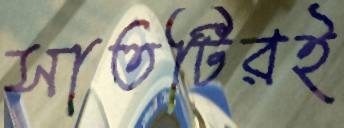
সাতটিরই